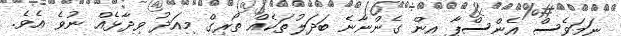
ނަމަވެސް އެންސްޕާ އިން ގެންނާނެ ބަދަލުތަކެއް ތޯރިގް މިއަދު ވިދާޅެއް ނުވެ އެވެ.